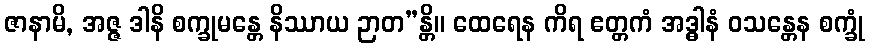
ဇာနာမိ, အဇ္ဇ ဒါနိ စက္ခုမန္တေ နိဿာယ ဉာတ”န္တိ။ ထေရေန ကိရ ဧတ္တကံ အဒ္ဓါနံ ဝသန္တေန စက္ခုံ